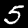
Label: 5